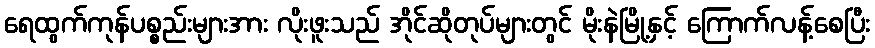
ရေထွက်ကုန်ပစ္စည်းများအား လိုးဖူးသည် အိုင်ဆိုတုပ်များတွင် မိုးနဲမြို့နှင့် ကြောက်လန့်စေပြီး